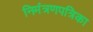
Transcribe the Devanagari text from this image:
निमंत्रणपत्रिका